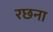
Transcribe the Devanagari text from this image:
रछना